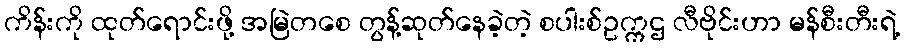
ကိန်းကို ထုတ်ရောင်းဖို့ အမြဲတစေ တွန့်ဆုတ်နေခဲ့တဲ့ စပါးစ်ဥက္ကဌ လီဗိုင်းဟာ မန်စီးတီးရဲ့